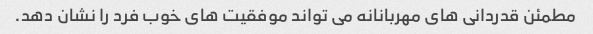
مطمئن قدردانی های مهربانانه می تواند موفقیت های خوب فرد را نشان دهد.